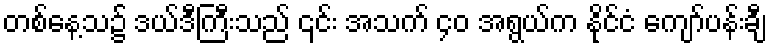
တစ်နေ့သ၌ ဒယ်ဒီကြီးသည် ၎င်း အသက် ၄၀ အရွယ်က နိုင်ငံ ကျော်ပန်းချီ